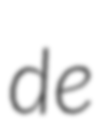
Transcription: de